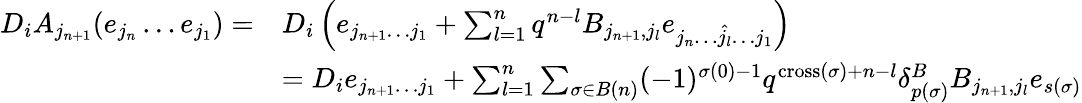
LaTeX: \begin{array}{rl}{D_{i}A_{j_{n+1}}(e_{j_{n}}\ldots e_{j_{1}})=}&{D_{i}\left(e_{j_{n+1}\ldots j_{1}}+\sum_{l=1}^{n}q^{n-l}B_{j_{n+1},j_{l}}e_{j_{n}\ldots\hat{j_{l}}\ldots j_{1}}\right)}\\ &{=D_{i}e_{j_{n+1}\ldots j_{1}}+\sum_{l=1}^{n}\sum_{\sigma\in B(n)}(-1)^{\sigma(0)-1}q^{\textup{cross}(\sigma)+n-l}\delta_{p(\sigma)}^{B}B_{j_{n+1},j_{l}}e_{s(\sigma)}}\end{array}